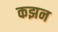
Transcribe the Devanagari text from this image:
कझन